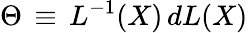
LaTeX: \Theta\, \equiv\, L^{-1}(X)\, dL(X)